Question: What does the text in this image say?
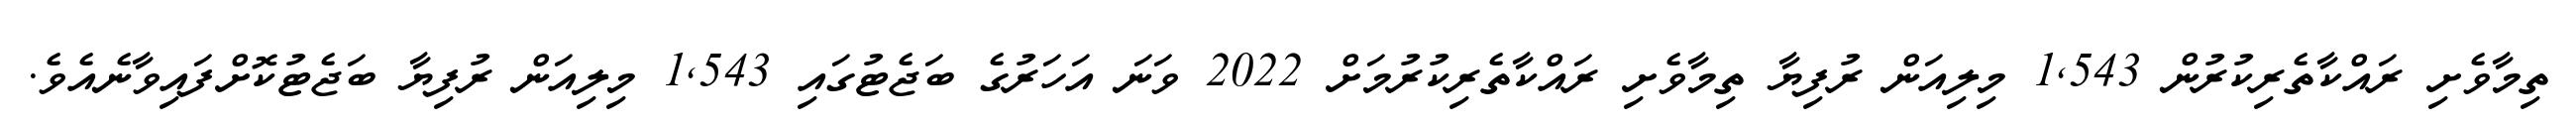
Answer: ތިމާވެށި ރައްކާތެރިކުރުން 1,543 މިލިއަން ރުފިޔާ ތިމާވެށި ރައްކާތެރިކުރުމަށް 2022 ވަނަ އަހަރުގެ ބަޖެޓުގައި 1,543 މިލިއަން ރުފިޔާ ބަޖެޓުކޮށްފައިވާނެއެވެ.